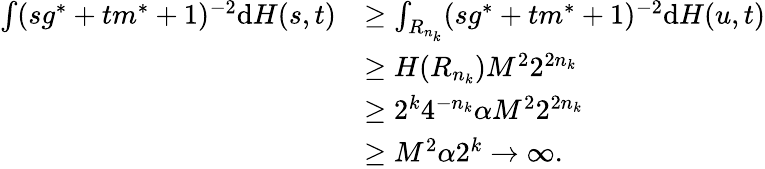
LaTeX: \begin{array}{rl}{\int(sg^{*}+tm^{*}+1)^{-2}\mathrm{d}H(s,t)}&{\geq\int_{R_{n_{k}}}(sg^{*}+tm^{*}+1)^{-2}\mathrm{d}H(u,t)}\\ &{\geq H(R_{n_{k}})M^{2}2^{2n_{k}}}\\ &{\geq 2^{k}4^{-n_{k}}\alpha M^{2}2^{2n_{k}}}\\ &{\geq M^{2}\alpha 2^{k}\to\infty.}\end{array}